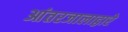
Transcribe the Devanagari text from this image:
आंतरजालाद्वारे